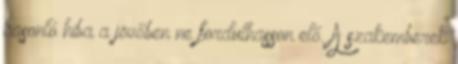
hasonló hiba a jövőben ne fordulhasson elő. A szakemberek